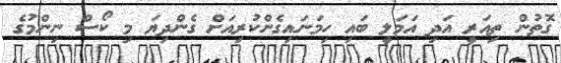
ގޮތުން ތިއަރީ އަދި އަމަލީ ބައި ހިމަނައިގެންކުރިއަށް ގެންދިޔަ މި ކޯސް ނިންމުގެ